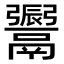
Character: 𩱜